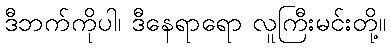
ဒီဘက်ကိုပါ၊ ဒီနေရာရော လူကြီးမင်းတို့။